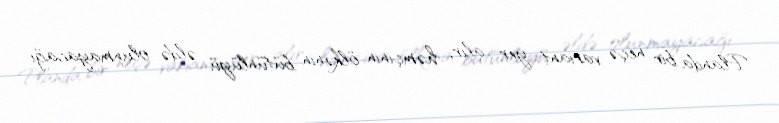
Planda bir neçə variant yer alır, həmçinin ölkənin bütünlüyü əldə olunmayacağı